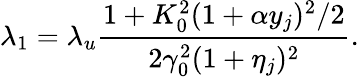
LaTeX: \lambda_{1}=\lambda_{u}\frac{1+K_{0}^{2}(1+\alpha y_{j})^{2}/2}{2\gamma_{0}^{2}(1+\eta_{j})^{2}}.